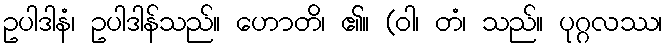
ဥပါဒါနံ၊ ဥပါဒါန်သည်။ ဟောတိ၊ ၏။ (ဝါ၊ တံ၊ သည်။ ပုဂ္ဂလဿ၊